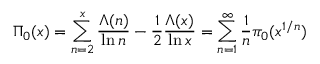
\Pi _ { 0 } ( x ) = \sum _ { n = 2 } ^ { x } { \frac { \Lambda ( n ) } { \ln n } } - { \frac { 1 } { 2 } } { \frac { \Lambda ( x ) } { \ln x } } = \sum _ { n = 1 } ^ { \infty } { \frac { 1 } { n } } \pi _ { 0 } ( x ^ { 1 / n } )